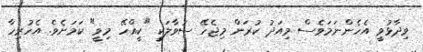
ވިދާޅުވީ އެހެންނަމަވެސް މިއަދު ކުރަން މިޖެހޭ ސުވާލަކީ "ކީއްހޭ މިވީ" ކަމަށެވެ. އެހުރިހާ